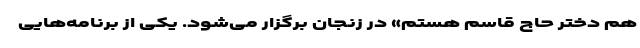
هم دختر حاج قاسم هستم» در زنجان برگزار می‌شود. یکی از برنامه‌هایی